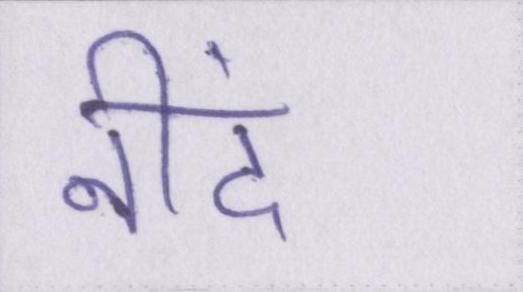
नीदं